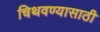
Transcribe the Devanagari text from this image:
चिथवण्यासाठी